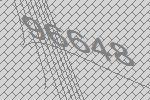
96648